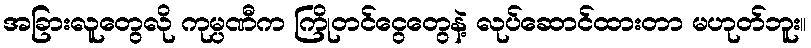
အခြားလူတွေလို ကုမ္ပဏီက ကြိုတင်ငွေတွေနဲ့ လုပ်ဆောင်ထားတာ မဟုတ်ဘူး။